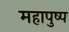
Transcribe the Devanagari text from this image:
महापुष्प